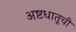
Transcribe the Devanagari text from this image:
अष्टधातूची